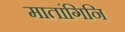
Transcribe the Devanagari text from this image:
मातांगिनि